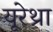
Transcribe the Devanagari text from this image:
यूरेथ्रा